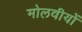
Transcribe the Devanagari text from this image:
मोलवीयों